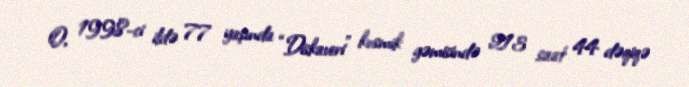
O, 1998-ci ildə 77 yaşında “Diskaveri” kosmik gəmisində 213 saat 44 dəqiqə